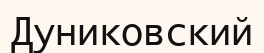
Дуниковский